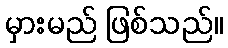
မှားမည် ဖြစ်သည်။